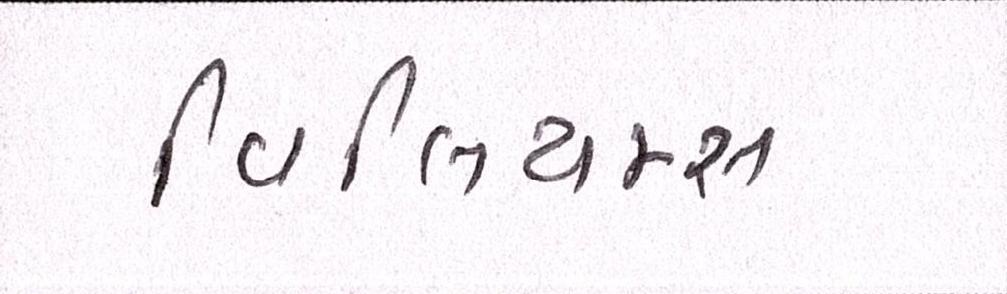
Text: વિલિયમ્સ